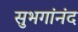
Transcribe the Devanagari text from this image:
सुभगांनंद